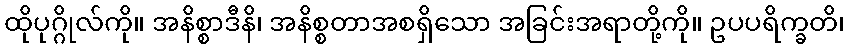
ထိုပုဂ္ဂိုလ်ကို။ အနိစ္စာဒီနိ၊ အနိစ္စတာအစရှိသော အခြင်းအရာတို့ကို။ ဥပပရိက္ခတိ၊